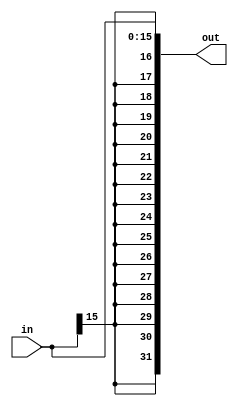
`timescale 1ns / 1ns
//////////////////////////////////////////////////////////////////////////////////
// Company: 
// Engineer: 
// 
// Design Name: 
// Module Name:    signextender 
// Project Name: 
// Target Devices: 
// Tool versions: 
// Description: 
//
// Dependencies: 
//
// Revision: 
// Revision 0.01 - File Created
// Additional Comments: 
//
//////////////////////////////////////////////////////////////////////////////////
module signextender(in, out);
	input  [15:0] in;
	output [31:0] out;
		
	assign out = { {16{in[15]}}, in};
	
endmodule